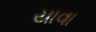
યાવા